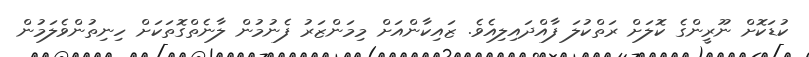
ކުޑަކޮށް ނޫރީންގެ ކޮލަށް ރަތްކުލަ ފާއްދައިލިއެވެ. ޒައިކާންއަށް މިމަންޒަރު ފެނުމުން ލާނެތްގޮތަކަށް ހިނިތުންވެލަމުން